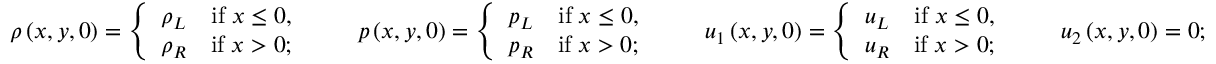
\rho \left( x , y , 0 \right) = \left\lbrace \begin{array} { l c } { \rho _ { L } } & { \mathrm { i f } \; x \le 0 , } \\ { \rho _ { R } } & { \mathrm { i f } \; x > 0 ; } \end{array} \right. \qquad p \left( x , y , 0 \right) = \left\lbrace \begin{array} { l c } { p _ { L } } & { \mathrm { i f } \; x \le 0 , } \\ { p _ { R } } & { \mathrm { i f } \; x > 0 ; } \end{array} \right. \qquad { u } _ { 1 } \left( x , y , 0 \right) = \left\lbrace \begin{array} { l c } { u _ { L } } & { \mathrm { i f } \; x \le 0 , } \\ { u _ { R } } & { \mathrm { i f } \; x > 0 ; } \end{array} \right. \qquad { u } _ { 2 } \left( x , y , 0 \right) = 0 ;